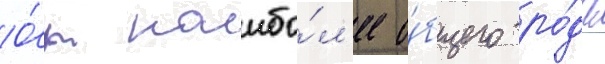
О́т наибо́л'ее о́бщего ро́да